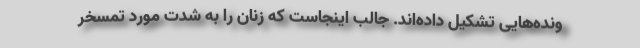
ونده‌هایی تشکیل داده‌اند. جالب اینجاست که زنان را به شدت مورد تمسخر